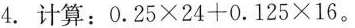
4.计算：$$0 . 2 5 \times 2 4 + 0 . 1 2 5 \times 1 6$$ 。